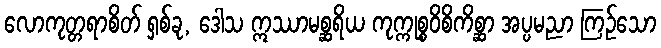
လောကုတ္တရာစိတ် ရှစ်ခု, ဒေါသ ဣဿာမစ္ဆရိယ ကုက္ကုစ္စဝိစိကိစ္ဆာ အပ္ပမညာ ကြဉ်သော